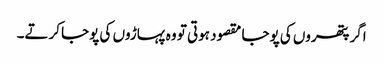
اگر پتھروں کی پوجا مقصود ہوتی تو وہ پہاڑوں کی پوجا کرتے۔